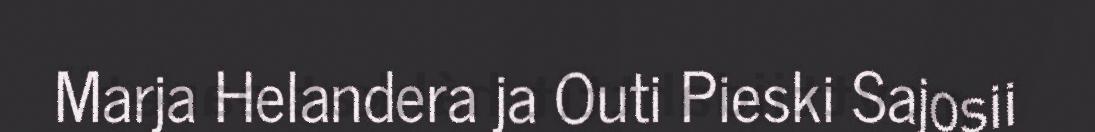
Marja Helandera ja Outi Pieski Sajosii